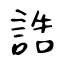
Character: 誥